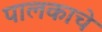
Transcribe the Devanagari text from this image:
पालकाचे